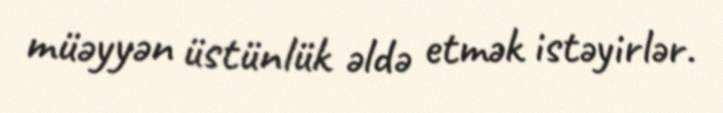
müəyyən üstünlük əldə etmək istəyirlər.